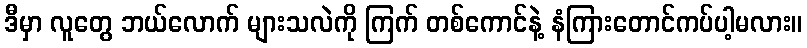
ဒီမှာ လူတွေ ဘယ်လောက် များသလဲကို ကြက် တစ်ကောင်နဲ့ နံကြားတောင်ကပ်ပါ့မလား။